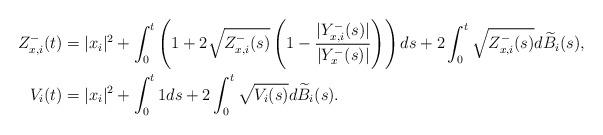
LaTeX: \begin{align*}Z_{x,i}^-(t) &= |x_i|^2 + \int_0^t \left( 1+ 2\sqrt{Z_{x,i}^-(s)}\left(1- \frac{|Y_{x,i}^-(s)|}{|Y_{x}^-(s)|}\right)\right)ds + 2\int_0^t \sqrt{Z_{x,i}^-(s)} d\widetilde B_i(s),\\V_i(t) &= |x_i|^2 + \int_0^t 1 ds + 2\int_0^t \sqrt{V_i(s)}d\widetilde B_i(s).\end{align*}